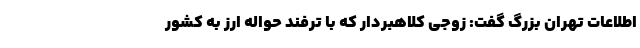
اطلاعات تهران بزرگ گفت: زوجی کلاهبردار که با ترفند حواله ارز به کشور